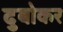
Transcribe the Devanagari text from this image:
दुबोकर